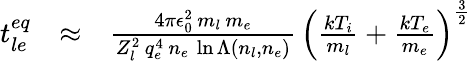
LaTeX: \begin{array}{rlr}{t_{le}^{eq}}&{\approx}&{\frac{4\pi\epsilon_{0}^{2}\, m_{l}\, m_{e}}{Z_{l}^{2}\, q_{e}^{4}\, n_{e}\, \ln\Lambda\left(n_{l},n_{e}\right)}\, \left(\frac{kT_{i}}{m_{l}}+\frac{kT_{e}}{m_{e}}\right)^{\frac{3}{2}}}\end{array}